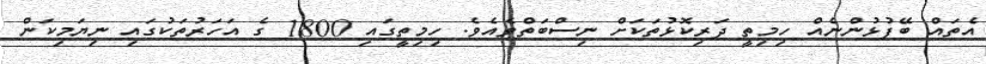
އެތައް ބޭފުޅުންނެއް ހިމިތީ ދަރިކޮޅުތަކަށް ނިސްބަތްވެއެވެ. ހިމިތީގައި 1800 ގެ އަހަރުތަކުގައި ނިޔަމިކަން